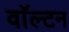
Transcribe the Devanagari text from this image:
वाॅल्टन